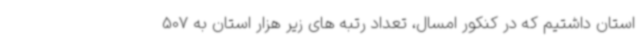
استان داشتیم که در کنکور امسال، تعداد رتبه های زیر هزار استان به 507